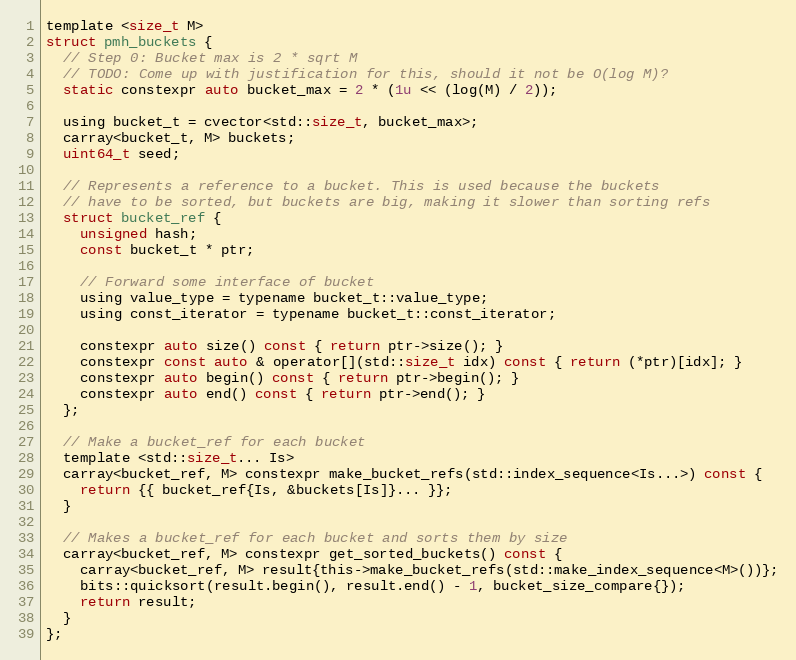
Language: C
template <size_t M>
struct pmh_buckets {
  // Step 0: Bucket max is 2 * sqrt M
  // TODO: Come up with justification for this, should it not be O(log M)?
  static constexpr auto bucket_max = 2 * (1u << (log(M) / 2));

  using bucket_t = cvector<std::size_t, bucket_max>;
  carray<bucket_t, M> buckets;
  uint64_t seed;

  // Represents a reference to a bucket. This is used because the buckets
  // have to be sorted, but buckets are big, making it slower than sorting refs
  struct bucket_ref {
    unsigned hash;
    const bucket_t * ptr;

    // Forward some interface of bucket
    using value_type = typename bucket_t::value_type;
    using const_iterator = typename bucket_t::const_iterator;

    constexpr auto size() const { return ptr->size(); }
    constexpr const auto & operator[](std::size_t idx) const { return (*ptr)[idx]; }
    constexpr auto begin() const { return ptr->begin(); }
    constexpr auto end() const { return ptr->end(); }
  };

  // Make a bucket_ref for each bucket
  template <std::size_t... Is>
  carray<bucket_ref, M> constexpr make_bucket_refs(std::index_sequence<Is...>) const {
    return {{ bucket_ref{Is, &buckets[Is]}... }};
  }

  // Makes a bucket_ref for each bucket and sorts them by size
  carray<bucket_ref, M> constexpr get_sorted_buckets() const {
    carray<bucket_ref, M> result{this->make_bucket_refs(std::make_index_sequence<M>())};
    bits::quicksort(result.begin(), result.end() - 1, bucket_size_compare{});
    return result;
  }
};